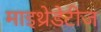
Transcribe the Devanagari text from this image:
माइथ्रेडेटीज